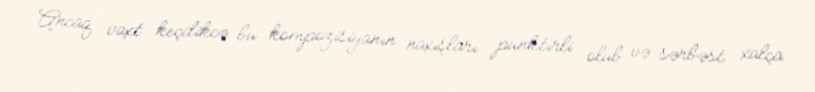
Ancaq vaxt keçdikcə bu kompozisiyanın naxışları punktirli olub və sərbəst xalça